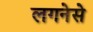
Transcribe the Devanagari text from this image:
लगनेसे